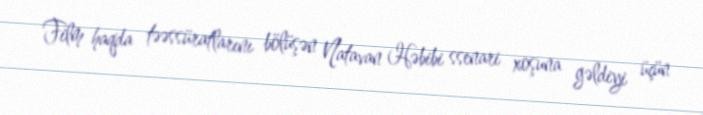
Film haqda təəssüratlarını bölüşən Natavan Həbibi ssenari xoşuna gəldiyi üçün